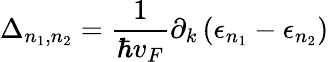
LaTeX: \Delta_{n_{1},n_{2}}=\frac{1}{\hbar v_{F}}\partial_{k}\left(\epsilon_{n_{1}}-\epsilon_{n_{2}}\right)